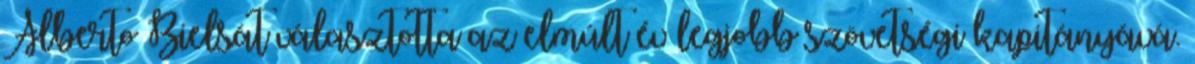
Alberto Bielsát választotta az elmúlt év legjobb szövetségi kapitányává.